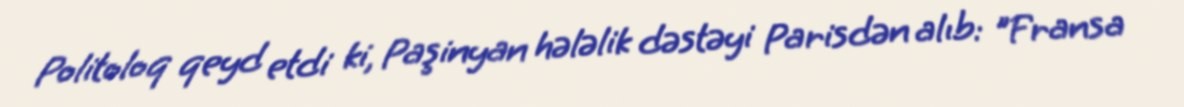
Politoloq qeyd etdi ki, Paşinyan hələlik dəstəyi Parisdən alıb: "Fransa